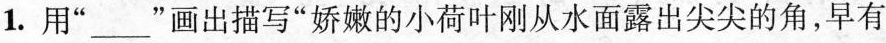
1. 用”___”画出描写”娇嫩的小荷叶刚从水面露出尖尖的角，早有